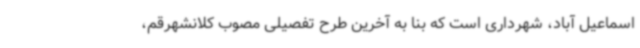
اسماعیل آباد، شهرداری است که بنا به آخرین طرح تفصیلی مصوب کلانشهرقم،